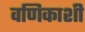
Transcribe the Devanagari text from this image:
वणिकाशी